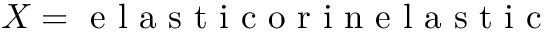
X = \mathrm { ~ e ~ l ~ a ~ s ~ t ~ i ~ c ~ o ~ r ~ i ~ n ~ e ~ l ~ a ~ s ~ t ~ i ~ c ~ }